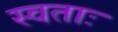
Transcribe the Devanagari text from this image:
स्वताः